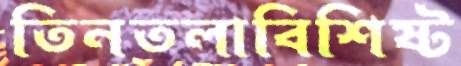
তিনতলাবিশিষ্ট